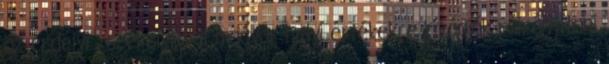
az erdélyi , székelyföldi magyar helyi értékekre kívánják ráirányítani